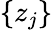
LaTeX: \{ z_{j}\}